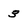
Character: 3